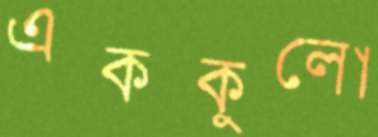
এককুলো